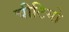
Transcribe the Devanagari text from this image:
चीटियो